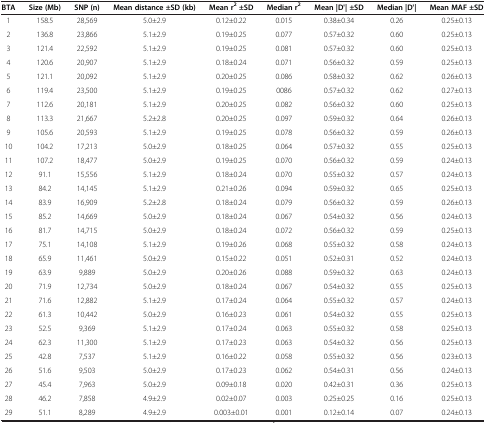
<table><thead><tr><td><b>BTA</b></td><td><b>Size (Mb)</b></td><td><b>SNP (n)</b></td><td><b>Mean distance ±SD (kb)</b></td><td><b>Mean r<sup>2</sup>±SD</b></td><td><b>Median r<sup>2</sup></b></td><td><b>Mean |D&#x27;| ±SD</b></td><td><b>Median |D&#x27;|</b></td><td><b>Mean MAF ±SD</b></td></tr></thead><tbody><tr><td>1</td><td>158.5</td><td>28,569</td><td>5.0±2.9</td><td>0.12±0.22</td><td>0.015</td><td>0.38±0.34</td><td>0.26</td><td>0.25±0.13</td></tr><tr><td>2</td><td>136.8</td><td>23,866</td><td>5.1±2.9</td><td>0.19±0.25</td><td>0.077</td><td>0.57±0.32</td><td>0.60</td><td>0.25±0.13</td></tr><tr><td>3</td><td>121.4</td><td>22,592</td><td>5.1±2.9</td><td>0.19±0.25</td><td>0.081</td><td>0.57±0.32</td><td>0.60</td><td>0.25±0.13</td></tr><tr><td>4</td><td>120.6</td><td>20,907</td><td>5.1±2.9</td><td>0.18±0.24</td><td>0.071</td><td>0.56±0.32</td><td>0.59</td><td>0.25±0.13</td></tr><tr><td>5</td><td>121.1</td><td>20,092</td><td>5.1±2.9</td><td>0.20±0.25</td><td>0.086</td><td>0.58±0.32</td><td>0.62</td><td>0.26±0.13</td></tr><tr><td>6</td><td>119.4</td><td>23,500</td><td>5.1±2.9</td><td>0.19±0.25</td><td>0086</td><td>0.57±0.32</td><td>0.62</td><td>0.27±0.13</td></tr><tr><td>7</td><td>112.6</td><td>20,181</td><td>5.1±2.9</td><td>0.20±0.25</td><td>0.082</td><td>0.56±0.32</td><td>0.60</td><td>0.25±0.13</td></tr><tr><td>8</td><td>113.3</td><td>21,667</td><td>5.2±2.8</td><td>0.20±0.25</td><td>0.097</td><td>0.59±0.32</td><td>0.64</td><td>0.26±0.13</td></tr><tr><td>9</td><td>105.6</td><td>20,593</td><td>5.1±2.9</td><td>0.19±0.25</td><td>0.078</td><td>0.56±0.32</td><td>0.59</td><td>0.26±0.13</td></tr><tr><td>10</td><td>104.2</td><td>17,213</td><td>5.0±2.9</td><td>0.18±0.25</td><td>0.064</td><td>0.57±0.32</td><td>0.55</td><td>0.25±0.13</td></tr><tr><td>11</td><td>107.2</td><td>18,477</td><td>5.0±2.9</td><td>0.19±0.25</td><td>0.070</td><td>0.56±0.32</td><td>0.59</td><td>0.24±0.13</td></tr><tr><td>12</td><td>91.1</td><td>15,556</td><td>5.1±2.9</td><td>0.18±0.24</td><td>0.070</td><td>0.55±0.32</td><td>0.57</td><td>0.24±0.13</td></tr><tr><td>13</td><td>84.2</td><td>14,145</td><td>5.1±2.9</td><td>0.21±0.26</td><td>0.094</td><td>0.59±0.32</td><td>0.65</td><td>0.25±0.13</td></tr><tr><td>14</td><td>83.9</td><td>16,909</td><td>5.2±2.8</td><td>0.18±0.24</td><td>0.079</td><td>0.56±0.32</td><td>0.59</td><td>0.26±0.13</td></tr><tr><td>15</td><td>85.2</td><td>14,669</td><td>5.0±2.9</td><td>0.18±0.24</td><td>0.067</td><td>0.54±0.32</td><td>0.56</td><td>0.24±0.13</td></tr><tr><td>16</td><td>81.7</td><td>14,715</td><td>5.0±2.9</td><td>0.18±0.24</td><td>0.072</td><td>0.56±0.32</td><td>0.59</td><td>0.25±0.13</td></tr><tr><td>17</td><td>75.1</td><td>14,108</td><td>5.1±2.9</td><td>0.19±0.26</td><td>0.068</td><td>0.55±0.32</td><td>0.58</td><td>0.24±0.13</td></tr><tr><td>18</td><td>65.9</td><td>11,461</td><td>5.0±2.9</td><td>0.15±0.22</td><td>0.051</td><td>0.52±0.31</td><td>0.52</td><td>0.24±0.13</td></tr><tr><td>19</td><td>63.9</td><td>9,889</td><td>5.0±2.9</td><td>0.20±0.26</td><td>0.088</td><td>0.59±0.32</td><td>0.63</td><td>0.24±0.13</td></tr><tr><td>20</td><td>71.9</td><td>12,734</td><td>5.0±2.9</td><td>0.18±0.24</td><td>0.067</td><td>0.54±0.32</td><td>0.55</td><td>0.25±0.13</td></tr><tr><td>21</td><td>71.6</td><td>12,882</td><td>5.1±2.9</td><td>0.17±0.24</td><td>0.064</td><td>0.55±0.32</td><td>0.57</td><td>0.24±0.13</td></tr><tr><td>22</td><td>61.3</td><td>10,442</td><td>5.0±2.9</td><td>0.16±0.23</td><td>0.061</td><td>0.54±0.32</td><td>0.55</td><td>0.25±0.13</td></tr><tr><td>23</td><td>52.5</td><td>9,369</td><td>5.1±2.9</td><td>0.17±0.24</td><td>0.063</td><td>0.55±0.32</td><td>0.58</td><td>0.25±0.13</td></tr><tr><td>24</td><td>62.3</td><td>11,300</td><td>5.1±2.9</td><td>0.17±0.23</td><td>0.063</td><td>0.54±0.32</td><td>0.56</td><td>0.25±0.13</td></tr><tr><td>25</td><td>42.8</td><td>7,537</td><td>5.1±2.9</td><td>0.16±0.22</td><td>0.058</td><td>0.55±0.32</td><td>0.56</td><td>0.23±0.13</td></tr><tr><td>26</td><td>51.6</td><td>9,503</td><td>5.0±2.9</td><td>0.17±0.23</td><td>0.062</td><td>0.54±0.31</td><td>0.56</td><td>0.24±0.13</td></tr><tr><td>27</td><td>45.4</td><td>7,963</td><td>5.0±2.9</td><td>0.09±0.18</td><td>0.020</td><td>0.42±0.31</td><td>0.36</td><td>0.25±0.13</td></tr><tr><td>28</td><td>46.2</td><td>7,858</td><td>4.9±2.9</td><td>0.02±0.07</td><td>0.003</td><td>0.25±0.25</td><td>0.16</td><td>0.25±0.13</td></tr><tr><td>29</td><td>51.1</td><td>8,289</td><td>4.9±2.9</td><td>0.003±0.01</td><td>0.001</td><td>0.12±0.14</td><td>0.07</td><td>0.24±0.13</td></tr></tbody></table>